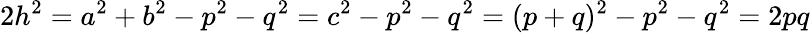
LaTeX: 2h^{2}=a^{2}+b^{2}-p^{2}-q^{2}=c^{2}-p^{2}-q^{2}=(p+q)^{2}-p^{2}-q^{2}=2pq